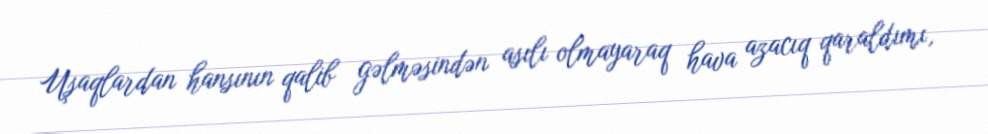
Uşaqlardan hansının qalib gəlməsindən asılı olmayaraq hava azacıq qaraldımı,